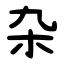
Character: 杂